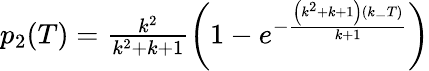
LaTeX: \begin{array}{r}{p_{2}(T)=\frac{k^{2}}{k^{2}+k+1}\left(1-e^{-\frac{\left(k^{2}+k+1\right)(k_{-}T)}{k+1}}\right)}\end{array}